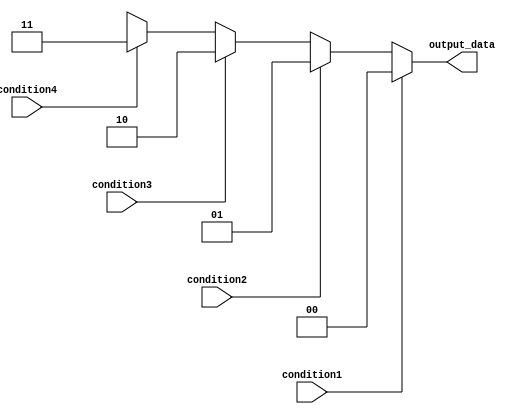
module if_else_ladder (
    input wire condition1,
    input wire condition2,
    input wire condition3,
    input wire condition4,
    output reg [1:0] output_data
);

always @* begin
    if (condition1) begin
        output_data <= 2'b00;
    end
    else if (condition2) begin
        output_data <= 2'b01;
    end
    else if (condition3) begin
        output_data <= 2'b10;
    end
    else if (condition4) begin
        output_data <= 2'b11;
    end
    else begin
        output_data <= 2'bXX; // Handle cases where none of the previous conditions are met
    end
end

endmodule